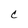
Character: C